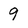
Character: 9